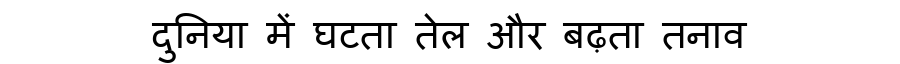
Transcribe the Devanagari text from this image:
दुनिया में घटता तेल और बढ़ता तनाव